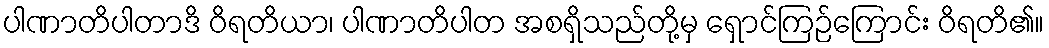
ပါဏာတိပါတာဒိ ဝိရတိယာ၊ ပါဏာတိပါတ အစရှိသည်တို့မှ ရှောင်ကြဉ်ကြောင်း ဝိရတိ၏။